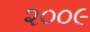
૨૦૦૯